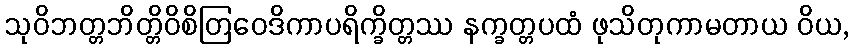
သုဝိဘတ္တဘိတ္တိဝိစိတြဝေဒိကာပရိက္ခိတ္တဿ နက္ခတ္တပထံ ဖုသိတုကာမတာယ ဝိယ,